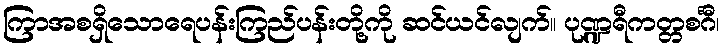
ကြာအစရှိသောရေပန်းကြည်ပန်းတို့ကို ဆင်ယင်လျက်။ ပုဏ္ဍရီကတ္တစင်္ဂီ၊